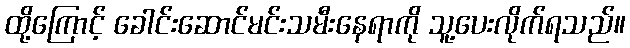
ထို့ကြောင့် ခေါင်းဆောင်မင်းသမီးနေရာကို သူ့ပေးလိုက်ရသည်။